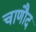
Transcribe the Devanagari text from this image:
चाणौद